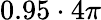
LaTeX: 0.95\cdot 4\pi